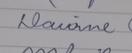
Signature authenticity: genuine